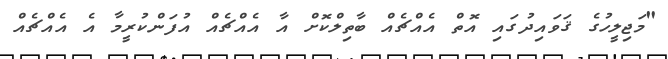
"މަޖިލީހުގެ ޤަވައިދުގައި އޮތް އެއްޗެއް ބާތިލްކޮށް އާ އެއްޗެއް އުފަންކުރީމާ އެ އެއްޗެއް